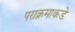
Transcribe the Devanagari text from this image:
पराक्रमाकडे